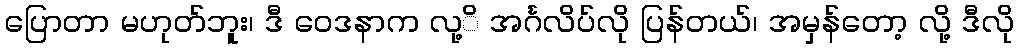
ပြောတာ မဟုတ်ဘူး၊ ဒီ ဝေဒနာက လု့ိ အင်္ဂလိပ်လို ပြန်တယ်၊ အမှန်တော့ လို့ ဒီလို